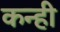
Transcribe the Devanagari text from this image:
कन्ही